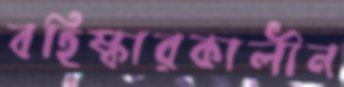
বহিষ্কারকালীন